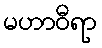
မဟာဝီရာ